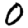
Digit: 0